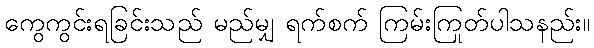
ကွေကွင်းရခြင်းသည် မည်မျှ ရက်စက် ကြမ်းကြုတ်ပါသနည်း။